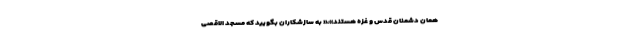
همان دشمنان قدس و غزه هستند»،« به سازشکاران بگویید که مسجد الاقصی